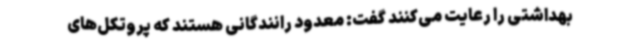
بهداشتی را رعایت می‌کنند گفت: معدود رانندگانی هستند که پروتکل‌های